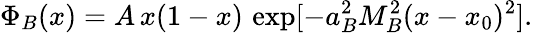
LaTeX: \Phi_{B}(x)=A\, x(1-x)\, \exp[-a_{B}^{2}M_{B}^{2}(x-x_{0})^{2}].